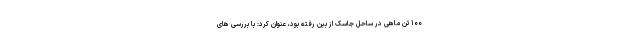
۱۰۰ تن ماهی در ساحل جاسک از بین رفته بود، عنوان کرد: با بررسی های